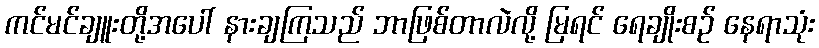
ကင်မင်ချူးတို့အပေါ် နားချကြသည် ဘာဖြစ်တာလဲလို့ မြရင် ရေချိုးစဉ် နေရာသုံး